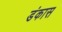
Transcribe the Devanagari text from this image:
डंकास